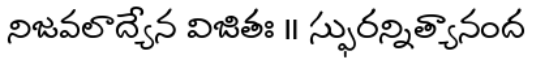
నిజవలాద్యేన విజితః ॥ స్ఫురన్నిత్యానంద